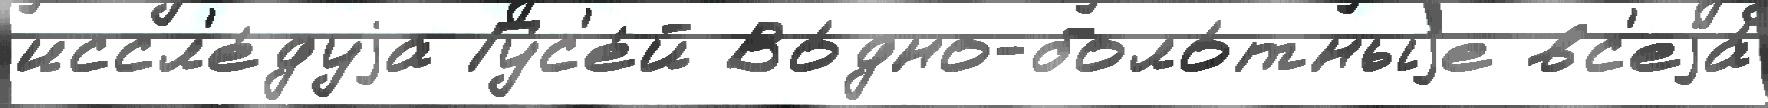
иссл'е́дуjа Гус'е́й Во́дно-боло́тныjе вс'еjа́